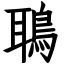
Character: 鵈